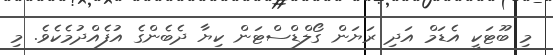
މި ބޫޓަކީ އެޑަމް އަދި ރަޔަން ގޯލްޑްސްޓަން ކިޔާ ދެބެންގެ އުފެއްދުމެކެވެ. މި